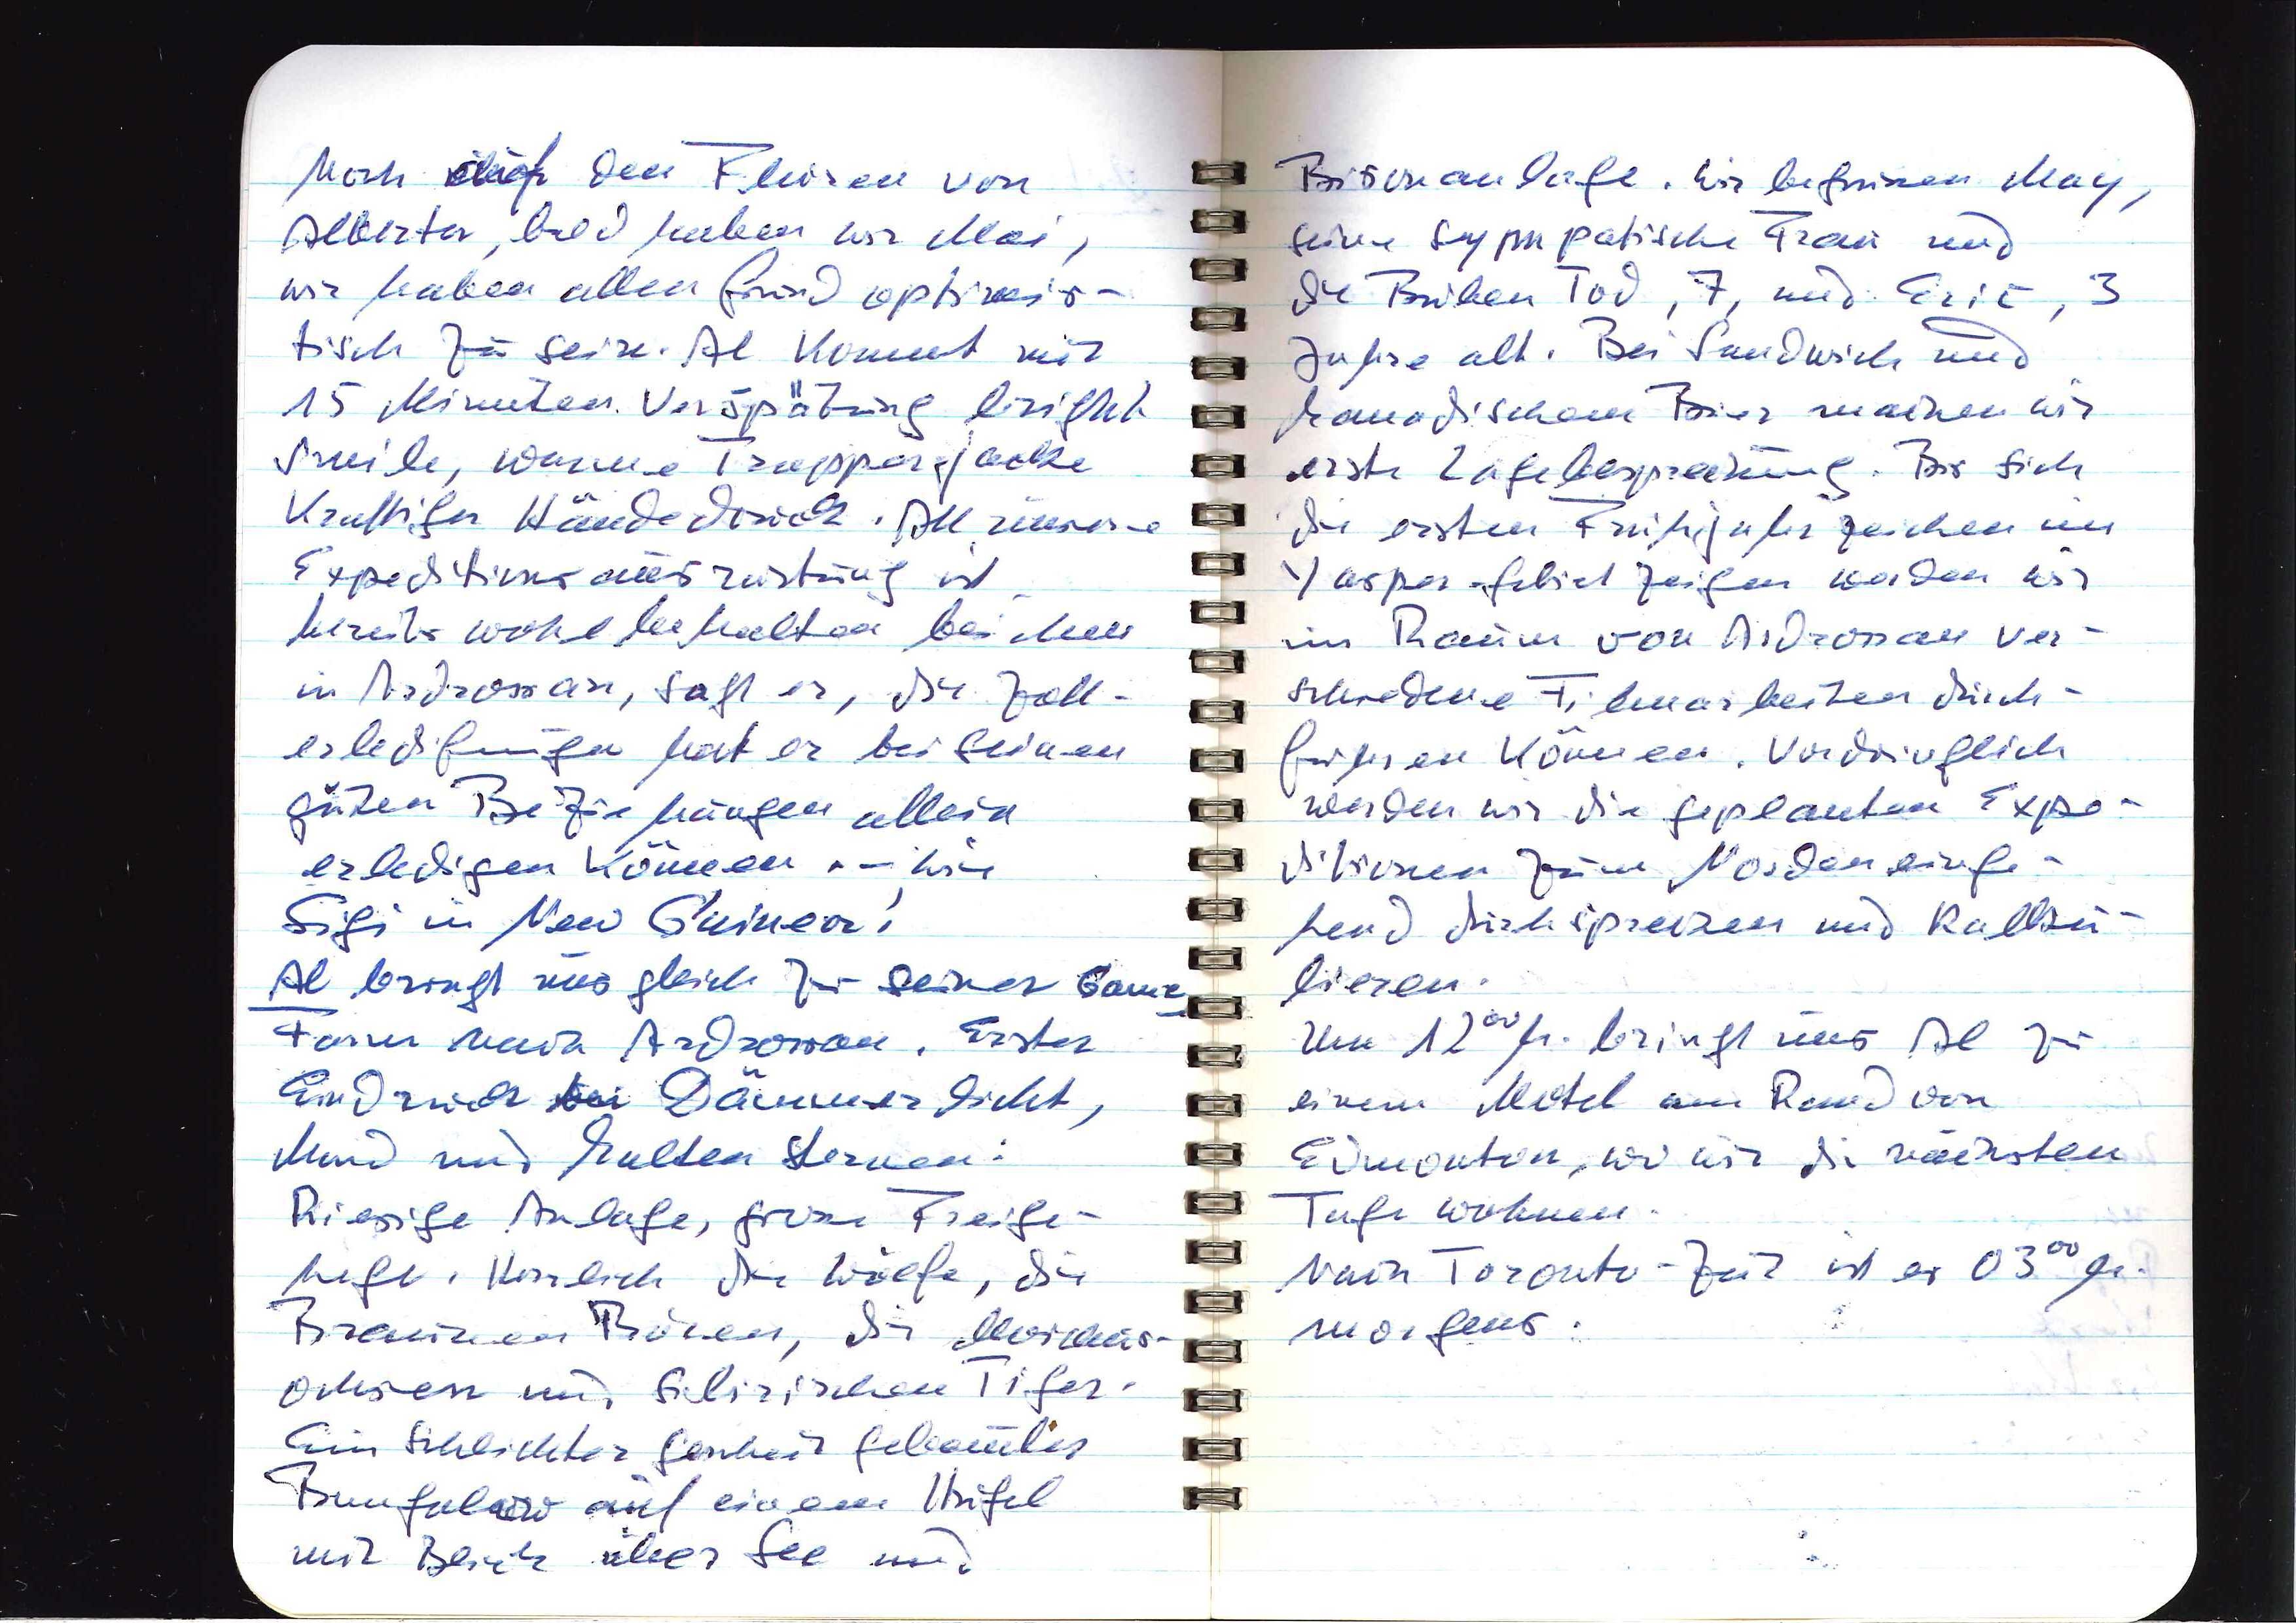
hoch auf den Fluren von
Alberta, bald haben wir Mai,
wir haben allen Grund optimis¬
tisch zu sein. Al kommt mit
15 Minuten Verspätung bright
smile, warme Trapperjacke
kräftiger Händedruck. All unsere
Expeditionsausrüstung ist
bereits wohlbehalten bei ihm
in Ardrossan, sagt er, die Zoll¬
erledigungen hat er bei seinen
guten Beziehungen allein
erledigen können — wie
Sigi in New Guinea!
Al bringt uns gleich zu seiner Game
Farm nach Ardrossan. Erster
Eindruck bei Dämmerlicht,
Mond und kalten Sternen:
Riesige Anlage, grosse Freige¬
hege. Herrlich die Wölfe, die
Braunen Bären, die Moschus¬
ochsen und Sibirischem Tiger.
Ein schlichter gescheit gebauter
Bungalow auf einem Hügel
mit Blick über See und

Bisonanlage. Wir begrüßen May,
seine sympathische Frau und
die Buben Tod, 7, und Eric, 3
Jahre alt. Bei Sandwich und
kanadischem Bier machen wir
erste Lagebesprechung. Bis sich
die ersten Frühjahrzeichen im
Jasper-Gebiet zeigen werden wir
im Raum von Ardrossan ver¬
schiedene Filmarbeiten durch¬
führen können. Vordringlich
werden wir die geplanten Expe¬
ditionen zum Norden einge¬
hend durchsprechen und kalku¬
lieren.
Um 1200 h. bringt uns Al zu
einem Motel am Rand von
Edmonton, wo wir die nächsten
Tage wohnen.
Nach Toronto-Zeit ist es 0300 h.
morgens.